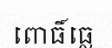
ពោធិ៍ធ្លេ